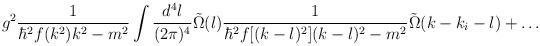
LaTeX: \begin{align*}g^2 \frac{1}{\hbar^2 f(k^2) k^2 - m^2} \int \frac{d^4 l}{(2 \pi)^4} \tilde{\Omega}(l) \frac{1}{\hbar^2 f[(k-l)^2] (k-l)^2 - m^2} \tilde{\Omega}(k - k_i-l) + \dots \end{align*}